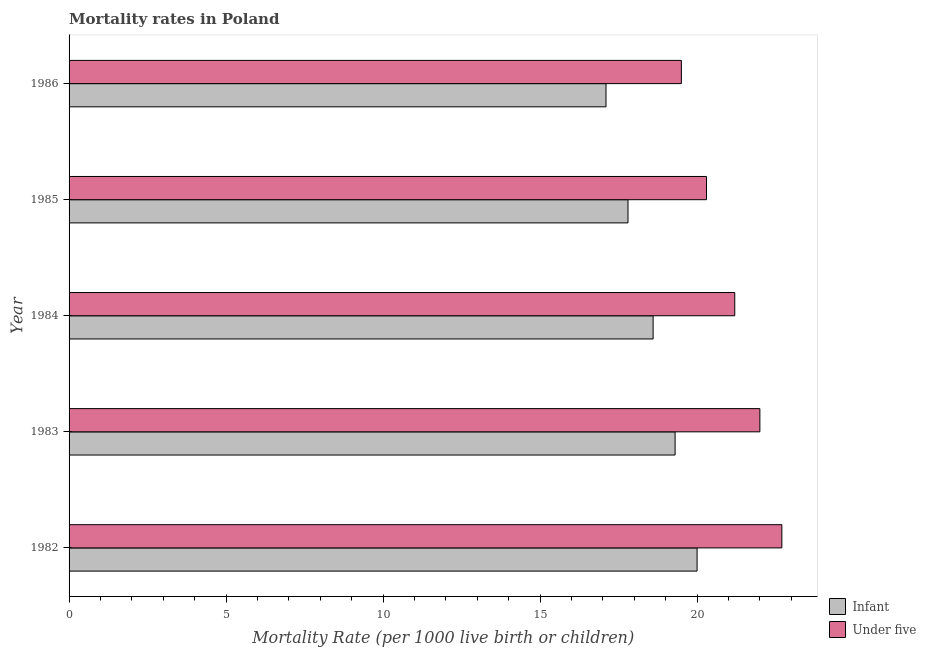
| Year | Infant | Under five |
 | --- | --- | --- |
 | 1982 | 20 | 22.7 |
 | 1983 | 19.3 | 22 |
 | 1984 | 18.6 | 21.2 |
 | 1985 | 17.8 | 20.3 |
 | 1986 | 17.1 | 19.5 |